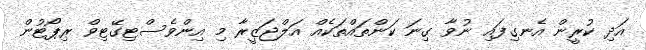
އަދި ކުރީން އެނގިފައި ނުވާ ގިނަ ކަންތައްތަކެއް އަލްޖަޒީރާ މި އިންވެސްޓިގޭޓިވް ރިޕޯޓުން